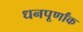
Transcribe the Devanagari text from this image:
धनपूर्णांक